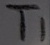
Text: T1